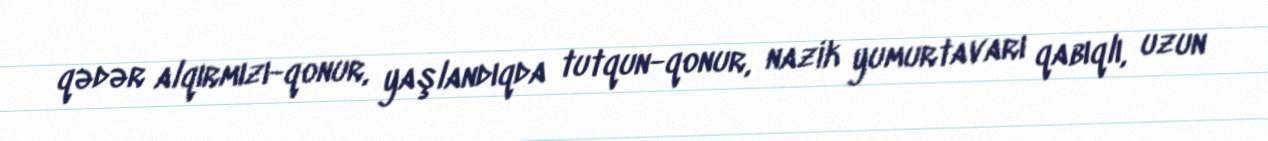
qədər alqırmızı-qonur, yaşlandıqda tutqun-qonur, nazik yumurtavarı qabıqlı, uzun